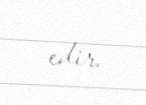
edir.